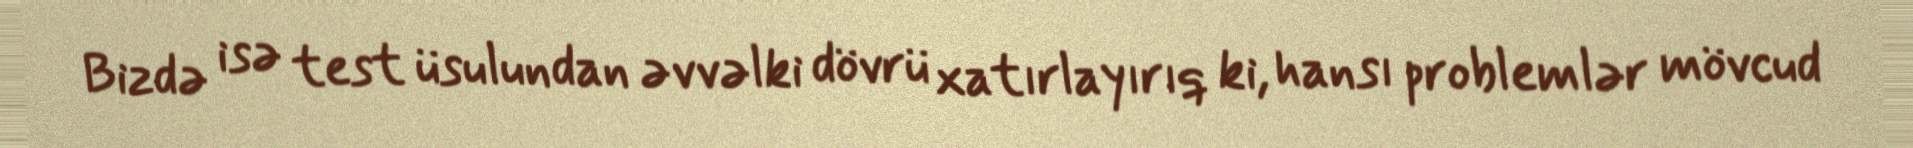
Bizdə isə test üsulundan əvvəlki dövrü xatırlayırıq ki, hansı problemlər mövcud